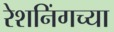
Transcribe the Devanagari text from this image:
रेशनिंगच्या